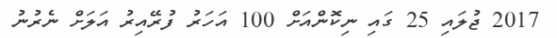
2017 ޖުލައި 25 ގައި ނިކޮންއަށް 100 އަހަރު ފުރޭއިރު އަލަށް ނެރުނު